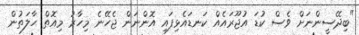
"ބިދޭސީންނަށް ވެސް ކުޑަ އުޖޫރައެއް ކަނޑައެޅިފައި އޮންނަން ޖެހޭނެ މިހާރު މިއޮތް ހާލަތުން